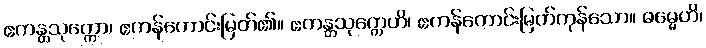
ဧကန္တသုက္ကော၊ ဧကန်ကောင်းမြတ်၏။ ဧကန္တသုက္ကေဟိ၊ ဧကန်ကောင်းမြတ်ကုန်သော။ ဓမ္မေဟိ၊